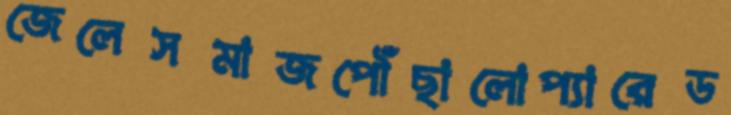
জেলেসমাজপৌঁছালোপ্যারেড